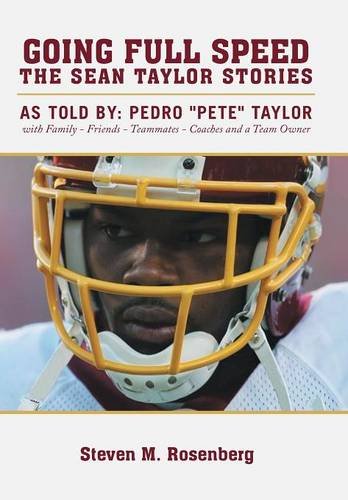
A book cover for Going Full Speed: The Sean Taylor Stories; Steven M. Rosenberg; Biographies & Memoirs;